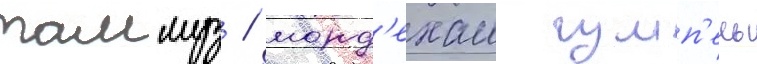
таммуз / морд'ехаи гумп'ель